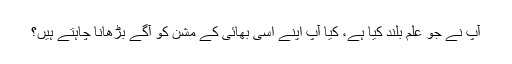
آپ نے جو علم بلند کیا ہے، کیا آپ اپنے اسی بھائی کے مشن کو آگے بڑھانا چاہتے ہیں؟